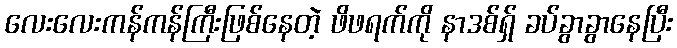
လေးလေးကန်ကန်ကြီးဖြစ်နေတဲ့ ဖိဖရက်ကို နာဒစ်ရှ် ခပ်ခွာခွာနေပြီး